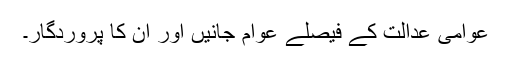
عوامی عدالت کے فیصلے عوام جانیں اور ان کا پروردگار۔